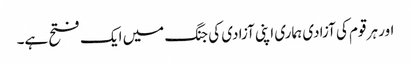
اور ہر قوم کی آزادی ہماری اپنی آزادی کی جنگ میں ایک فتح ہے۔